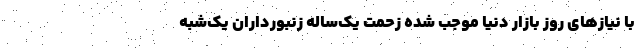
با نیازهای روز بازار دنیا موجب شده زحمت یک‌ساله زنبورداران یک‌شبه